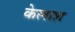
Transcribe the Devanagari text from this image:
केलाश